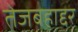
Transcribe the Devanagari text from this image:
तेजबहाद्दर